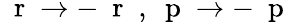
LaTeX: \mathrm{~\mathbf~r~}\to-\mathrm{~\mathbf~r~}\; ,\mathrm{~\mathbf~p~}\to-\mathrm{~\mathbf~p~}